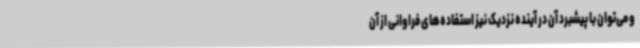
و می‌توان با پیشبرد آن در آینده نزدیک نیز استفاده‌های فراوانی از آن